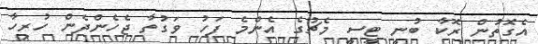
އެގޮތުން ރޮކާ ބުނީ ޓީސީ މެޗުގެ އެންމެ ފަހު ވަގުތާ ޖެހެންދެން ހުރިހާ